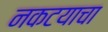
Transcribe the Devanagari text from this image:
नकटयाचा